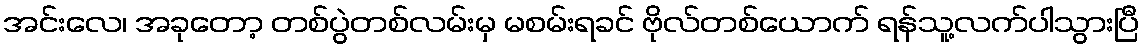
အင်းလေ၊ အခုတော့ တစ်ပွဲတစ်လမ်းမှ မစမ်းရခင် ဗိုလ်တစ်ယောက် ရန်သူ့လက်ပါသွားပြီ